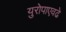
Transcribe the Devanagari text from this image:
युरोपाएवढे